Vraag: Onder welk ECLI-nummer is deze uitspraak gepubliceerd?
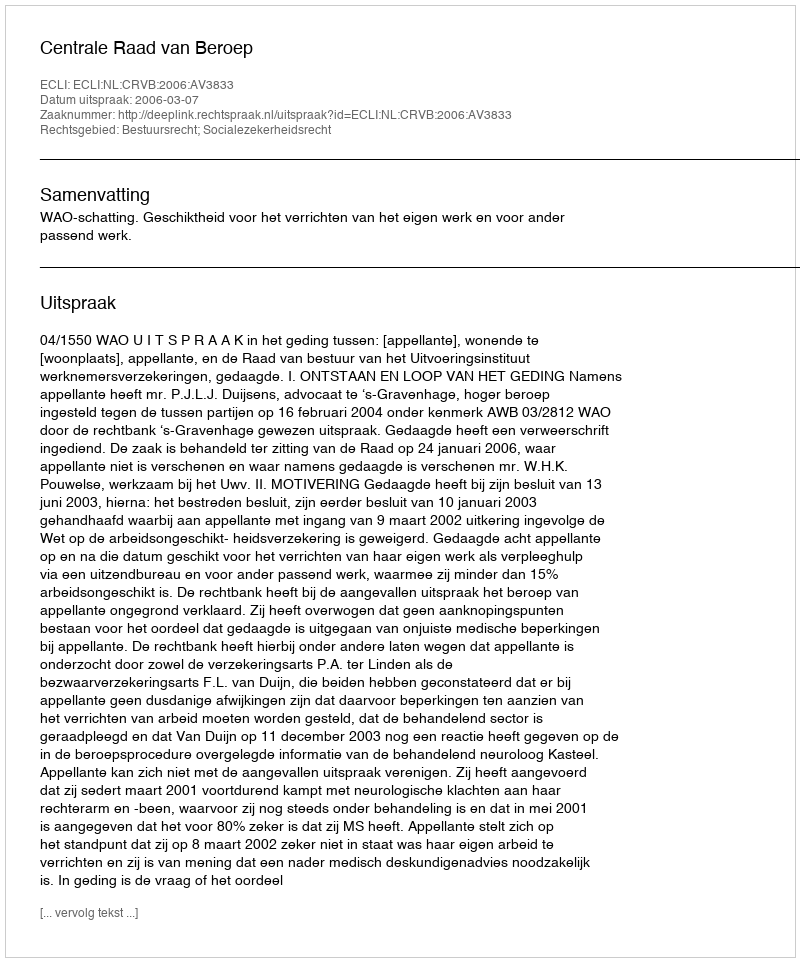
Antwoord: ECLI:NL:CRVB:2006:AV3833